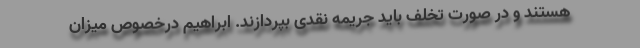
هستند و در صورت تخلف باید جریمه نقدی بپردازند. ابراهیم درخصوص میزان